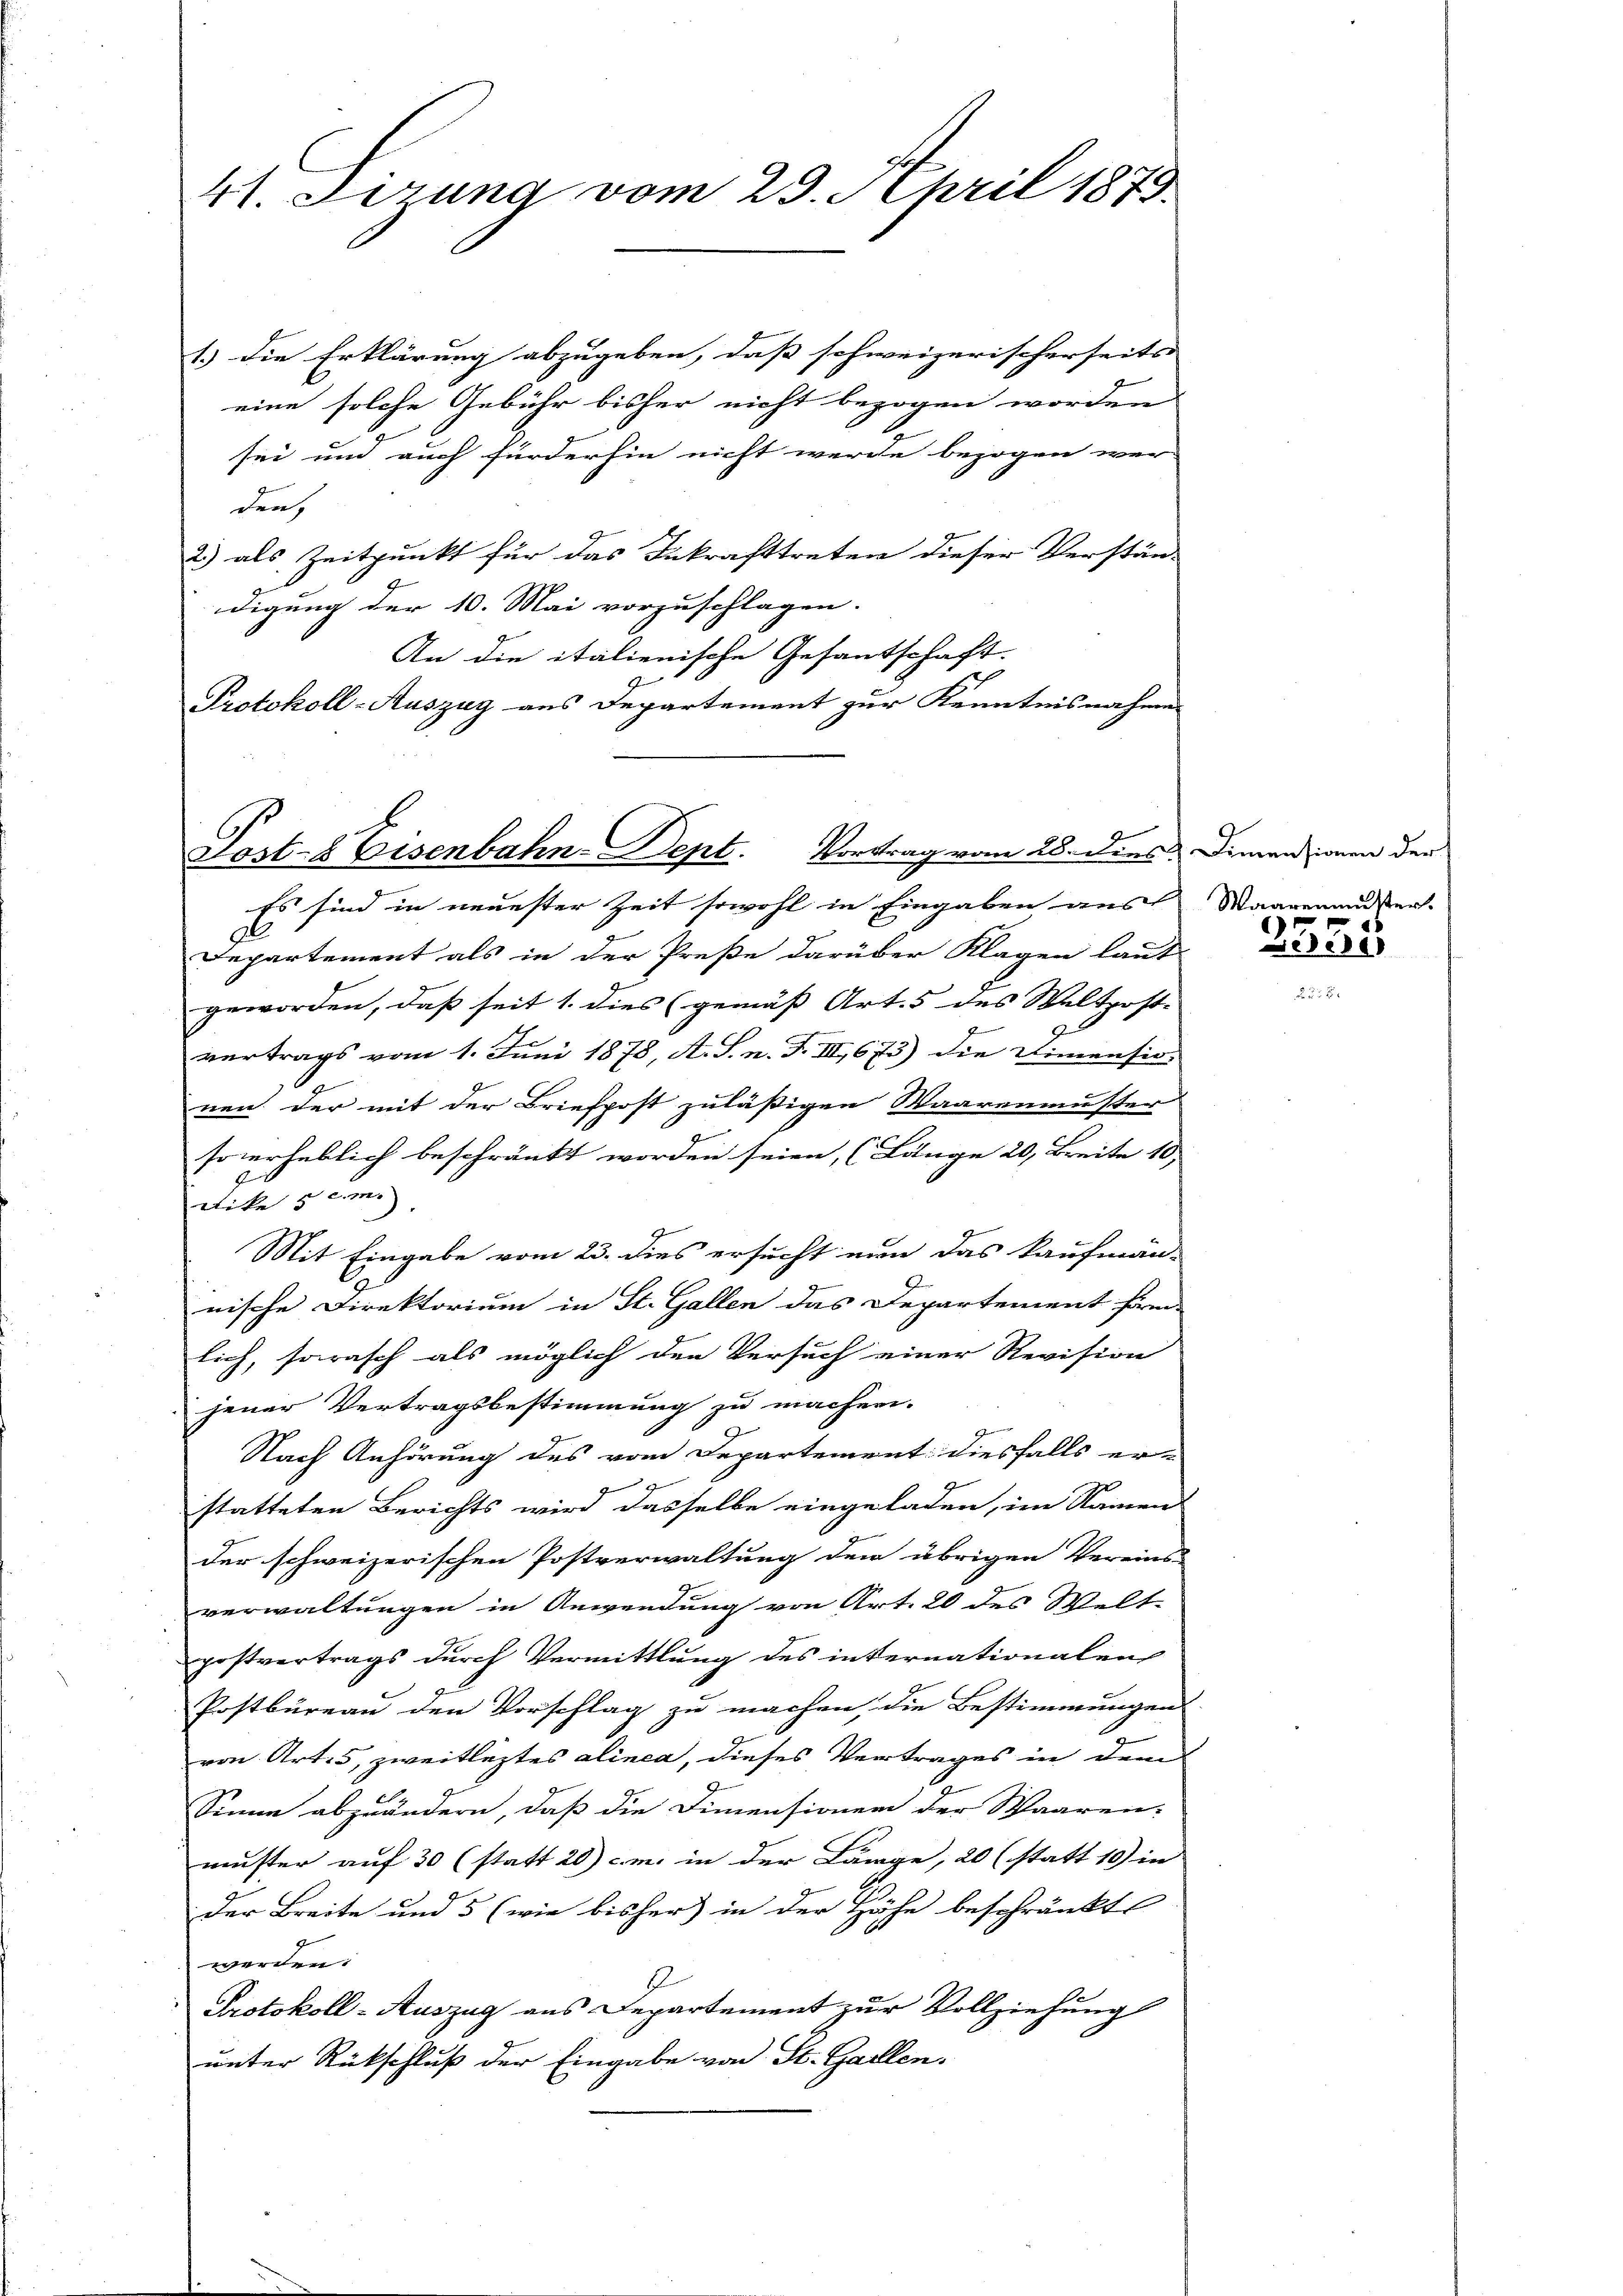
41. Firung vom 29. April 1873

1.) Die Erklärung abzugeben, daß schweizerischerseits
eine solche Gebühr bisher nicht bezogen worden
sei und auch fürderhin nicht werde bezogen wer-
den,
2) als Zeitpunkt für das Inkrafttreten dieser Verstän-
digung der 10. Mai vorzuschlagen. |
An die italienische Gesantschaft.
h
Protokoll-Auszug aus Departement zur Kenntnisnahmen

Post- 8 Eisenbahn-Dept. Vortrag vom 28. dies Dimensionen der

Es sind in neuester Zeit sowohl in Eingaben aus Waagenausser.
Departement als in der Preße darüber Klagen laut
geworden, daß seit 1. dies (gemäß Art. 5 des Weltposte
vertrags vom 1. Juni 1878, A. S. n. F. III, 673) die Dimensio
nen der mit der Briefpost zuläßigen Waarenmuster
so verheblich beschränkt worden seien, (Länge 20 Breite 10
E
dike 5 cm.
Mit Eingabe vom 23. dies ersucht nun das kaufmän-
nische Direktorium in St. Gallen das Departement form
lich, so rasch als möglich den Versuch einer Revision
jener Vertragsbestimmung zu machen.
Nach Anhörung des vom Departement diesfalls erstatteten Berichts wird dasselbe eingeladen, im Namen
der schweizerischen Postverwaltung den übrigen Vereins-
verwaltungen in Anwendung von Art. 20 des Welt
postvertrags durch Vermittlung des internationalen
Postbüreau den Vorschlag zu machen, die Bestimmungen
von Art. 5, zweitlegtes alinea, dieses Vertrages in dem
Sinne abzuändern, daß die Dimensionen der Waaren-
muster auf 30 (statt 20) cm. in der Länge, 20 (statt 10) in
der Breite und 5 (wie bisher) in der Höhe beschränkt
werden:
E
Protokoll - Auszug aus Departement zur Vollziehung
unter Rückschluß der Eingabe von St. Gallen.

2335